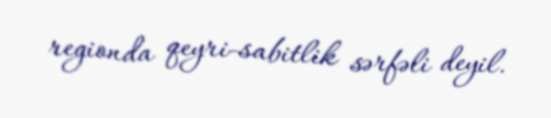
regionda qeyri-sabitlik sərfəli deyil.